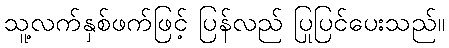
သူ့လက်နှစ်ဖက်ဖြင့် ပြန်လည် ပြုပြင်ပေးသည်။